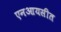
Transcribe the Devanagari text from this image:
एनआयसीत